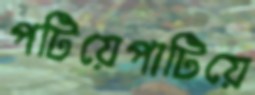
পটিয়েপাটিয়ে